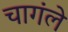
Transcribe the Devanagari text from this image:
चागंले